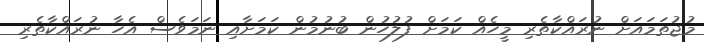
މުޖުތަމައަށް ނުރައްކާތެރި މީހެއް ކަމަށް ފުލުހުން ބުނުމުން ކަމަށާއި ނަމަވެސް އެހާ ނުރައްކާތެރި